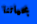
بحياتنا